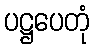
ပဋ္ဌပေတုံ